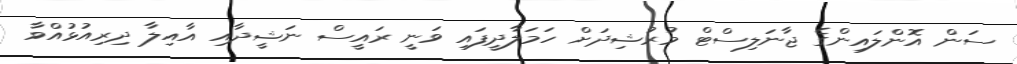
ސަން އޮންލައިންގެ ޖާނަލިސްޓް މުރުޝިދަށް ހަމަލާދީފައި ވަނީ ރައީސް ނަޝީދާއި އާއިލާ ދިރިއުޅުއްވާ